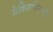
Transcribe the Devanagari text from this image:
मेक्सिकोमधून